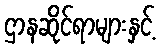
ဌာနဆိုင်ရာများနှင့်